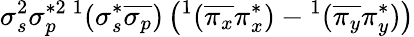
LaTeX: \sigma_{s}^{2}\sigma_{p}^{*2}{}\, ^{1}(\sigma_{s}^{*}\overline{{\sigma_{p}}})\left(^1(\overline{{\pi_{x}}}\pi_{x}^{*})-{}^{1}(\overline{{\pi_{y}}}\pi_{y}^{*})\right)